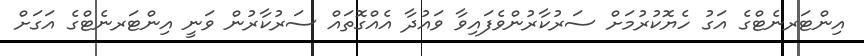
އިންޓަރނެޓްގެ އަގު ހެޔޮކުރުމަށް ސަރުކާރުންވެފައިވާ ވައުދާ އެއްގޮތައް ސަރުކާރުން ވަނީ އިންޓަރނެޓްގެ އަގަށް